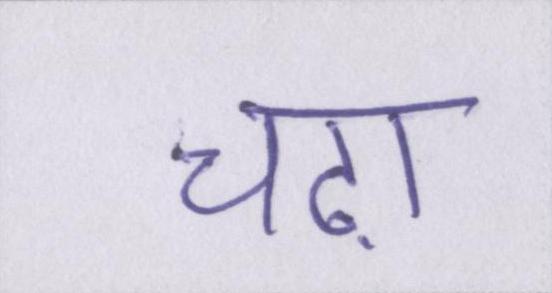
चढ़ा